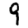
Digit: 9